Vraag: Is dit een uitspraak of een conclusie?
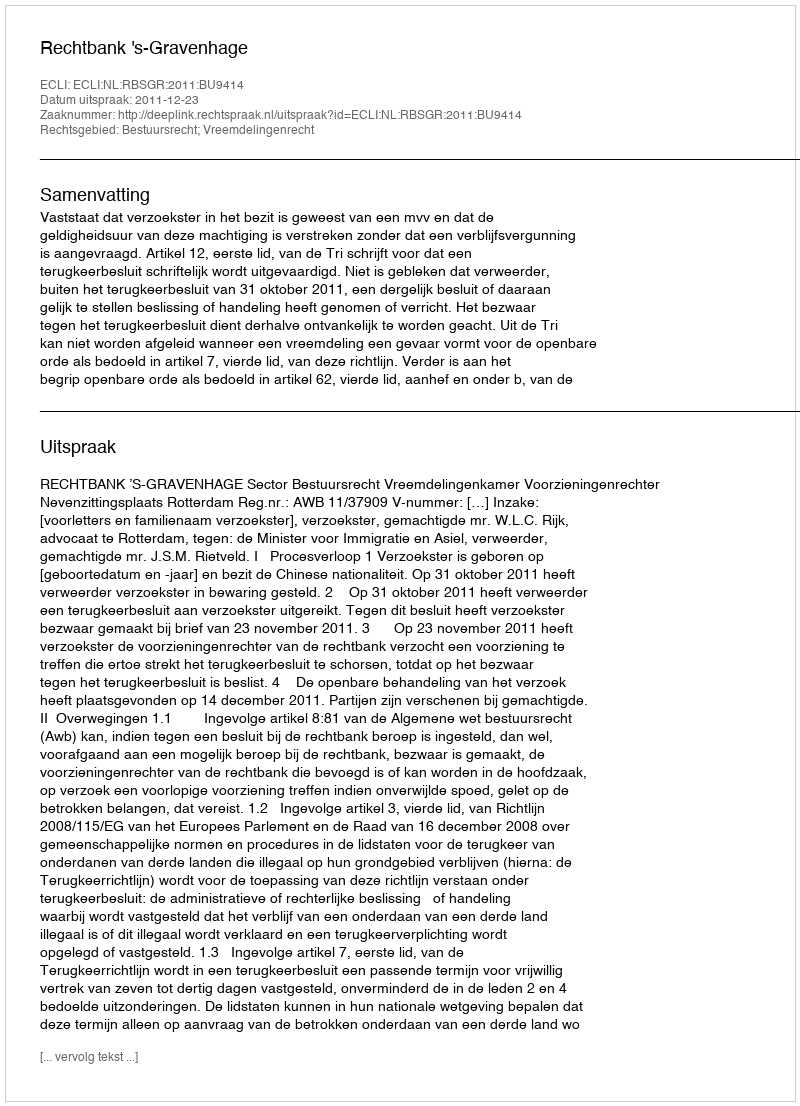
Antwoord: Uitspraak